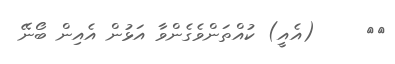
٢٨     (އެއީ) ކުއްތަންވެގެންވާ އަޅުން އެއިން ބޯނޭ